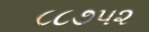
૮૮૭૫૨